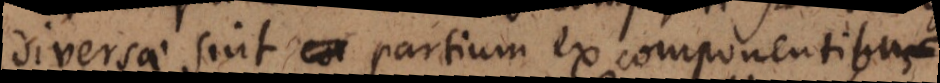
diversae sint partium ex componentibus